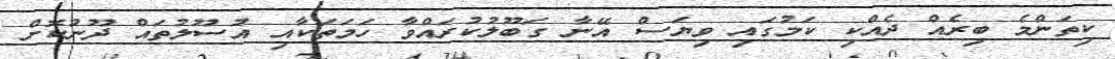
ކިތަންމެ ބިރެއް ދެއްކި ކަމުގައި ވިޔަސް އޭނާ ގަބޫލުކުރައްވާ ހަމަތަކާއި އުސޫލުތައް ދޫނުކޮށް